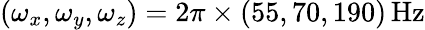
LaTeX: (\omega_{x},\omega_{y},\omega_{z})=2\pi\times(55,70,190)\, \mathrm{Hz}